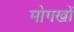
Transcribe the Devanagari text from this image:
मोगखों